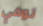
توفي